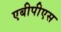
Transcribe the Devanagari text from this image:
एबीपीएस